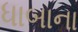
ધાબાના